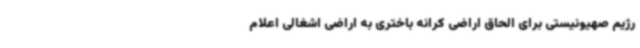
رژیم صهیونیستی برای الحاق اراضی کرانه باختری به اراضی اشغالی اعلام